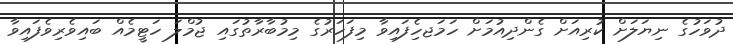
ދުވަހުގެ ނިޔަލަށް ކުރިއަށް ގެންދިއުމަށް ހަމަޖހެިފައިވާ މިފަހަރުގެ މިމުބާރާތުގައި ޖުމްލަ ހަޓީމެއް ބައިވެރިވެފައިވާ